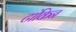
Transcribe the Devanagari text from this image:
टांकिन